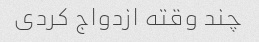
چند وقته ازدواج کردی